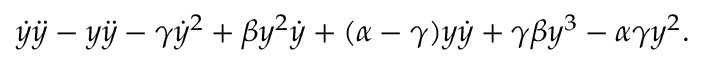
\dot { y } \ddot { y } - y \ddot { y } - \gamma \dot { y } ^ { 2 } + \beta y ^ { 2 } \dot { y } + ( \alpha - \gamma ) y \dot { y } + \gamma \beta y ^ { 3 } - \alpha \gamma y ^ { 2 } .